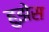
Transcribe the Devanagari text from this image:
हुझेस